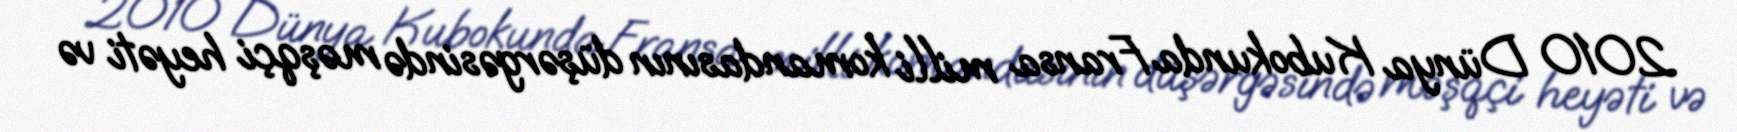
2010 Dünya Kubokunda Fransa milli komandasının düşərgəsində məşqçi heyəti və